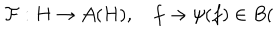
\mathcal { F } : H \rightarrow \mathcal { A } ( H ) , \quad f \rightarrow \psi ( f ) \in B (